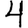
Digit: 4